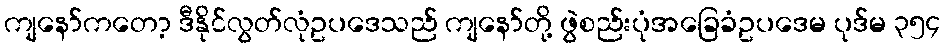
ကျနော်ကတော့ ဒီနိုင်လွတ်လုံဥပဒေသည် ကျနော်တို့ ဖွဲစည်းပုံအခြေခံဥပဒေမ ပုဒ်မ ၃၅၄